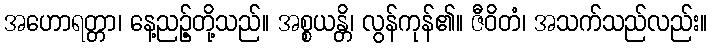
အဟောရတ္တာ၊ နေ့ညဉ့်တို့သည်။ အစ္စယန္တိ၊ လွန်ကုန်၏။ ဇီဝိတံ၊ အသက်သည်လည်း။